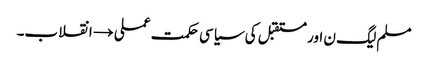
مسلم لیگ ن اور مستقبل کی سیاسی حکمت عملی →	انقلاب۔